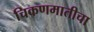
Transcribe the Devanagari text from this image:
चिकणमातीचा